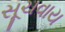
સૂચવાય